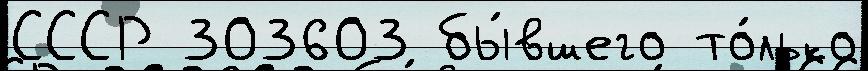
СССР 303603 бы́вшего то́лько